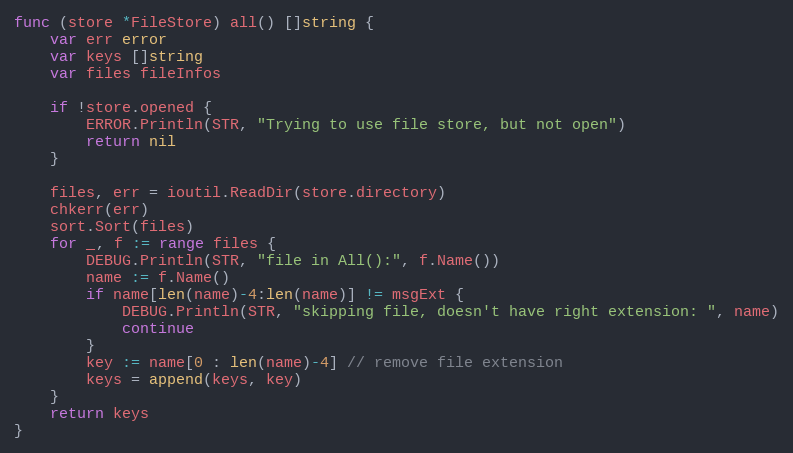
Language: Go
func (store *FileStore) all() []string {
	var err error
	var keys []string
	var files fileInfos

	if !store.opened {
		ERROR.Println(STR, "Trying to use file store, but not open")
		return nil
	}

	files, err = ioutil.ReadDir(store.directory)
	chkerr(err)
	sort.Sort(files)
	for _, f := range files {
		DEBUG.Println(STR, "file in All():", f.Name())
		name := f.Name()
		if name[len(name)-4:len(name)] != msgExt {
			DEBUG.Println(STR, "skipping file, doesn't have right extension: ", name)
			continue
		}
		key := name[0 : len(name)-4] // remove file extension
		keys = append(keys, key)
	}
	return keys
}